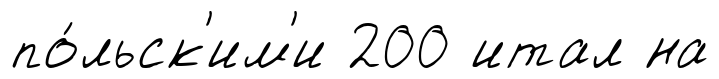
по́льск'им'и 200 итал на